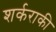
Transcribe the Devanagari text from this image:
शर्कराकी